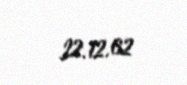
22.12.62